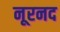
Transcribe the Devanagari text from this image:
नूरनद